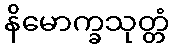
နိမောက္ခသုတ္တံ